Leprosy in India: report of the Leprosy Commission in India, 1890-91
Year: 1890
Disease focus: Leprosy
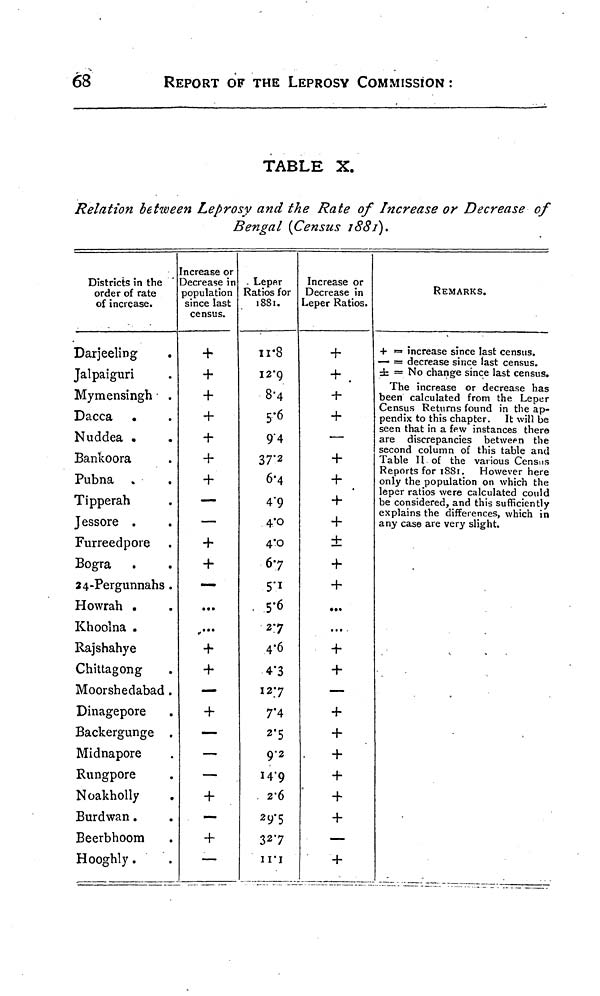
68
REPORT OF THE LEPROSY COMMISSION :
TABLE X.
Relation between Leprosy and the Rate of Increase or Decrease of
Bengal [Census 1881).
Districts in the
order of rate
of increase.
Darjeeling
Jalpaiguri
Mymensingh
Dacca •
Nuddea .
Bankoora
Pubna
Tipperah
Jessore .
Furreedpore
Bogra
24-Pergunnahs .
Howrah
Khoolna .
Rajshahye
Chittagong
Moorshedabad.
Dinagepore
Backergunge .
Midnapore
Rungpore
Noakholly
Burdwan.
Beerbhoom
Hooghly.
Increase or
Decrease in
population
since last
census.
+
+
+
+
+
+
—
+
—
...
•••
+
+
—
+
—
—
—
+
—
+
—
. Leper
Ratios for
1881.
11.8
12.9
8.4
5 6
9.4
37.2
6.4
4.9
4.0
4.0
67
5.1
5.6
27
4.6
4.3
12.7
7.' 4
2.5
9.2
14.9
2.6
29.5
32.7
11.1
Increase or
Decrease in
Leper Ratios.
+
+
+
—
+
+
+
±
+
• •*
...
+
—
+
+
+
+
+
+
—
REMARKS.
+ – increase since last census.
— = decrease since last census.
± = No change since last census.
The increase or decrease has
been calculated from the Leper
Census Returns found in the ap-
pendix to this chapter. It will be
seen that in a few instances there
are discrepancies between the
second column of this table and
Table II of the various Census
Reports for 1881. However here
only the population on which the
leper ratios were calculated could
be considered, and this sufficiently
explains the differences, which in
any case are very slight.